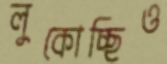
লুকোচ্ছিও